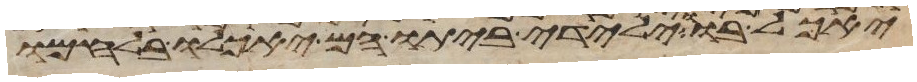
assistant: יאכל בו וילידי ביתו הם יאכלו בלחמו